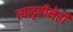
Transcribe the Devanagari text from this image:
त्यादृष्टीनेही